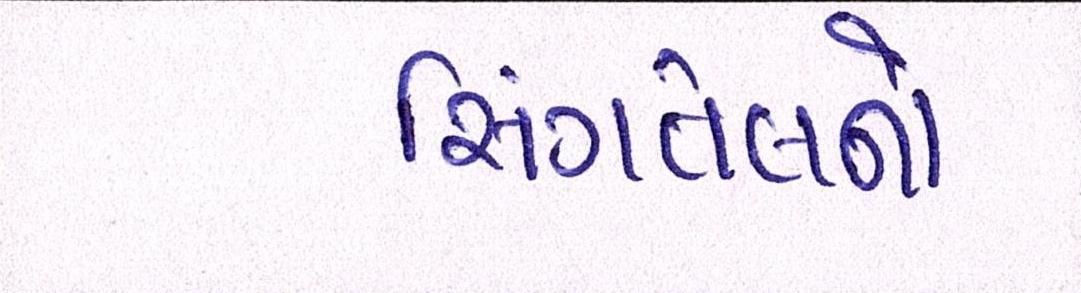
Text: સિંગતેલનો